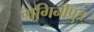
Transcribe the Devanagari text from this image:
भगिनीपुत्र